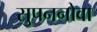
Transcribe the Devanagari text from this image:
सुपननोवा